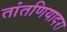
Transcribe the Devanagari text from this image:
तांतणियादरा